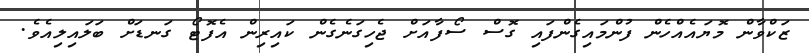
ޒަކްވާން މޮޔައެއްހެން ފުންމައިގެންފައި ގޮސް ސޯފާއަށް ޖެހިގަނެގެން ކައިރިން އެފޮޓޯ ގަނޑަށް ބަލައިލިއެވެ.